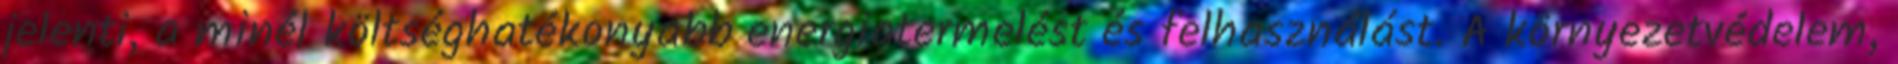
jelenti, a minél költséghatékonyabb energiatermelést és felhasználást. A környezetvédelem,